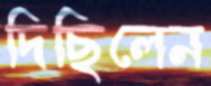
দিছিলেন